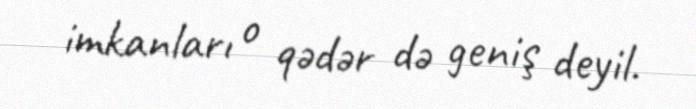
imkanları o qədər də geniş deyil.